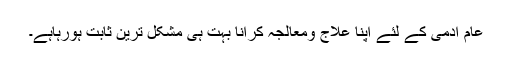
عام آدمی کے لئے اپنا علاج ومعالجہ کرانا بہت ہی مشکل ترین ثابت ہورہاہے۔